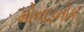
મોનાડનોક